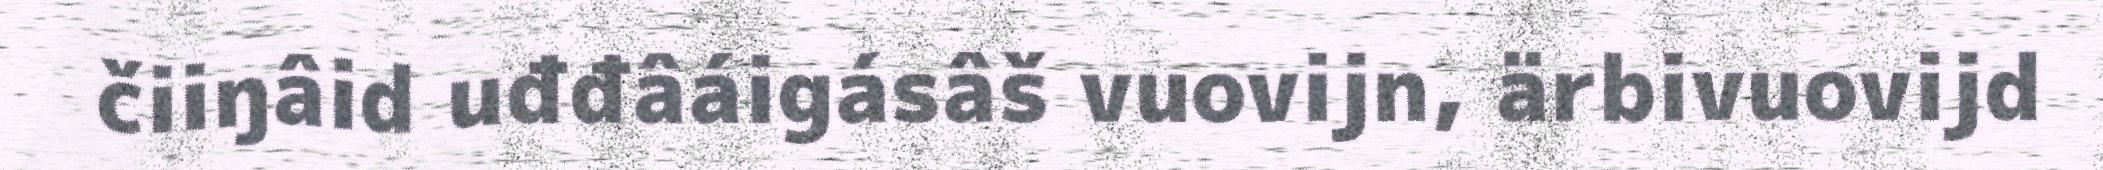
čiiŋâid uđđâáigásâš vuovijn, ärbivuovijd